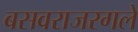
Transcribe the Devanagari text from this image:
बसवराजरगले